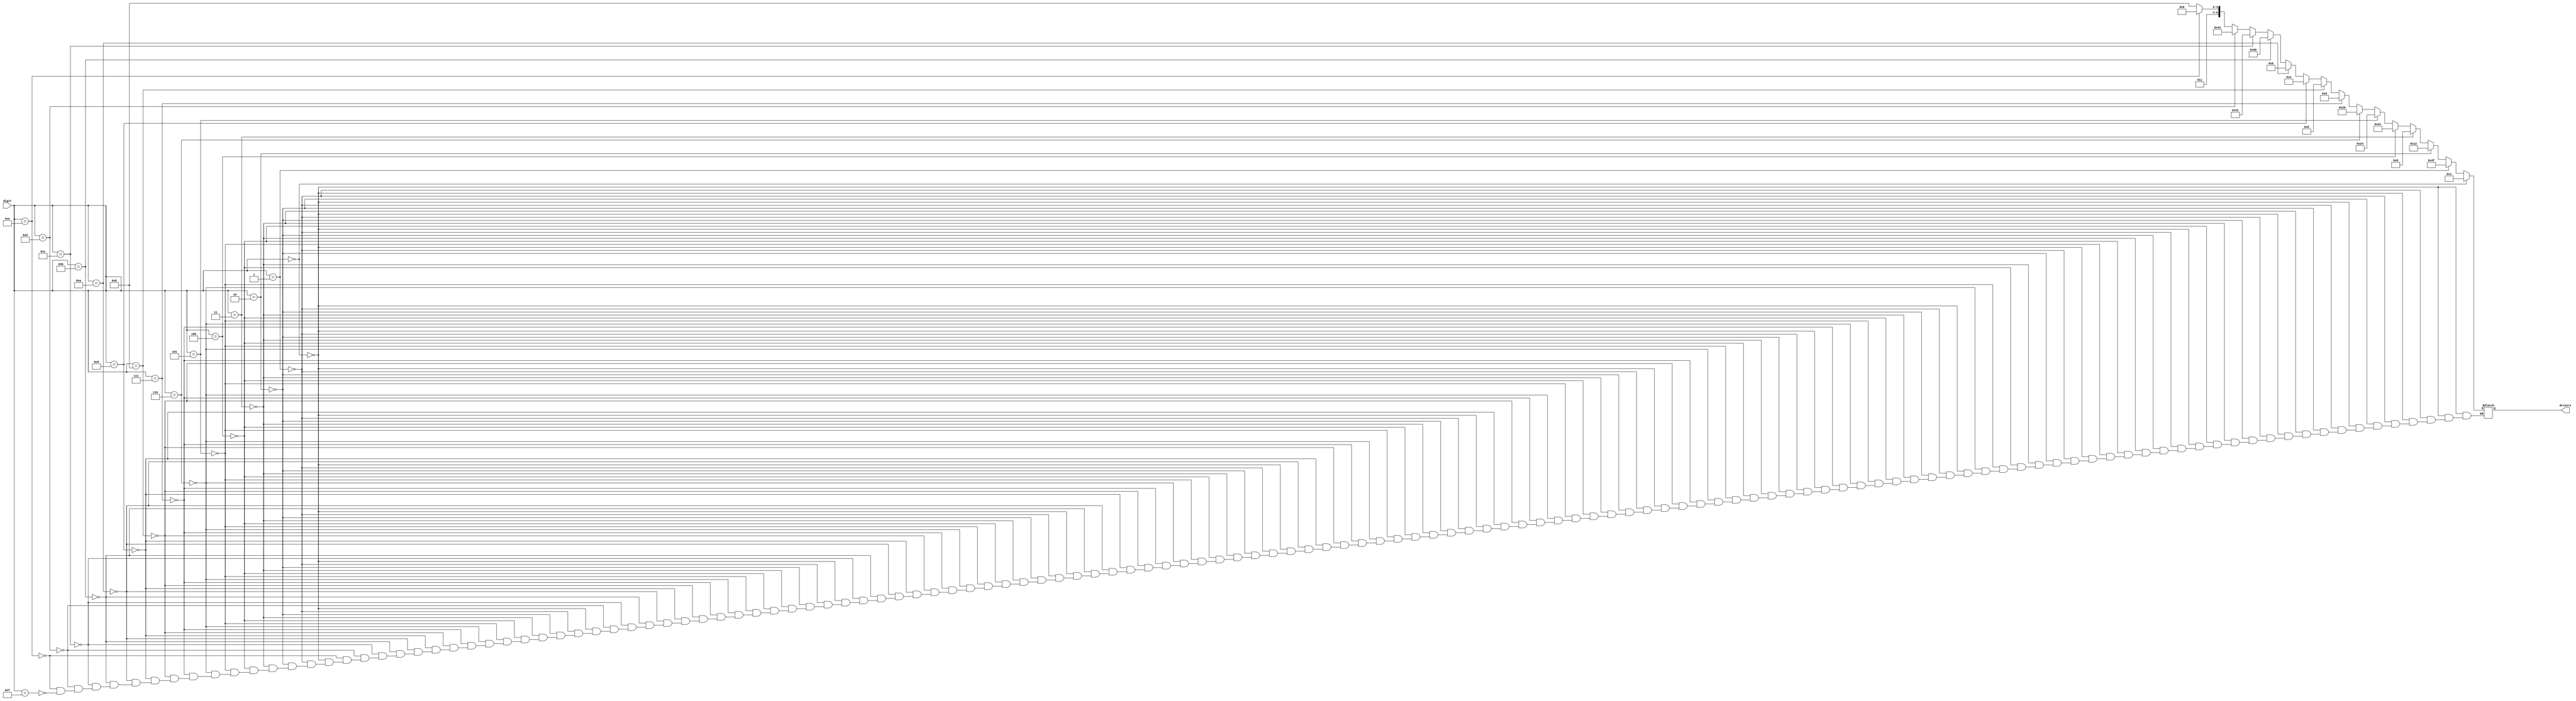
// Version:     1
// Description: Decode 4-bit input and drive a seven segment using assignment

module sevensegdecoder_always(digit, drivers);
    input [3:0] digit;
    output [6:0] drivers;	// Take a to be the MSB of the vector.
    reg [6:0] drivers;

    always @(digit) begin
    	if(digit == 4'h0)
		begin
			drivers = 7'b0000001;
		end
		else if(digit == 4'h1)
		begin
			drivers = 7'b1001111;
		end
		else if(digit == 4'h2)
		begin
			drivers = 7'b0010010;
		end
		else if(digit == 4'h3)
		begin
			drivers = 7'b0000110;
		end
		else if(digit == 4'h4)
		begin
			drivers = 7'b1001100;
		end
		else if(digit == 4'h5)
		begin
			drivers = 7'b0100100;
		end
		else if(digit == 4'h6)
		begin
			drivers = 7'b0100000;
		end
		else if(digit == 4'h7)
		begin
			drivers = 7'b0001101;
		end
		else if(digit == 4'h8)
		begin
			drivers = 7'b0000000;
		end
		else if(digit == 4'h9)
		begin
			drivers = 7'b0000100;
		end
		else if(digit == 4'hA)
		begin
			drivers = 7'b0001000;
		end
		else if(digit == 4'hB)
		begin
			drivers = 7'b1100000;
		end
		else if(digit == 4'hC)
		begin
			drivers = 7'b0110001;
		end
		else if(digit == 4'hD)
		begin
			drivers = 7'b1000010;
		end
		else if(digit == 4'hE)
		begin
			drivers = 7'b0110000;
		end
		else if(digit == 4'hF)
		begin
			drivers = 7'b0111000;
		end
    end

endmodule